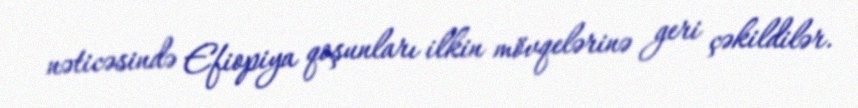
nəticəsində Efiopiya qoşunları ilkin mövqelərinə geri çəkildilər.